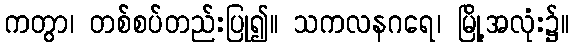
ကတွာ၊ တစ်စပ်တည်းပြု၍။ သကလနဂရေ၊ မြို့အလုံး၌။